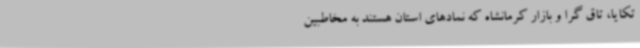
تکایا، تاق گرا و بازار کرمانشاه که نمادهای استان هستند به مخاطبین